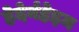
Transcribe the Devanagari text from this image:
हेदेर्नहेइम